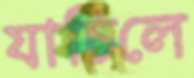
যাচিলে